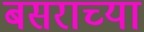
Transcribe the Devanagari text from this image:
बसराच्या